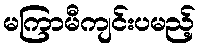
မကြာမီကျင်းပမည့်